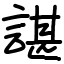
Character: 諶